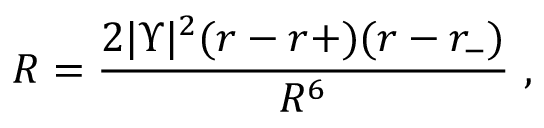
{ \cal R } = \frac { 2 | \Upsilon | ^ { 2 } ( r - r + ) ( r - r _ { - } ) } { R ^ { 6 } } \ ,